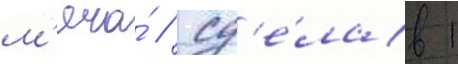
м'яча́ / сд'е́лав 1